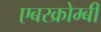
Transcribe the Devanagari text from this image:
एबरक्रोम्बी